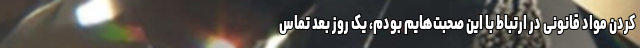
کردن مواد قانونی در ارتباط با این صحبت‌هایم بودم، یک روز بعد تماس